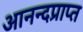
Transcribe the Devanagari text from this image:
आनन्दप्राप्त